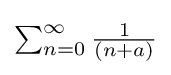
{\textstyle \sum _{n=0}^{\infty }{\frac {1}{(n+a)}}}